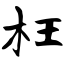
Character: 枉